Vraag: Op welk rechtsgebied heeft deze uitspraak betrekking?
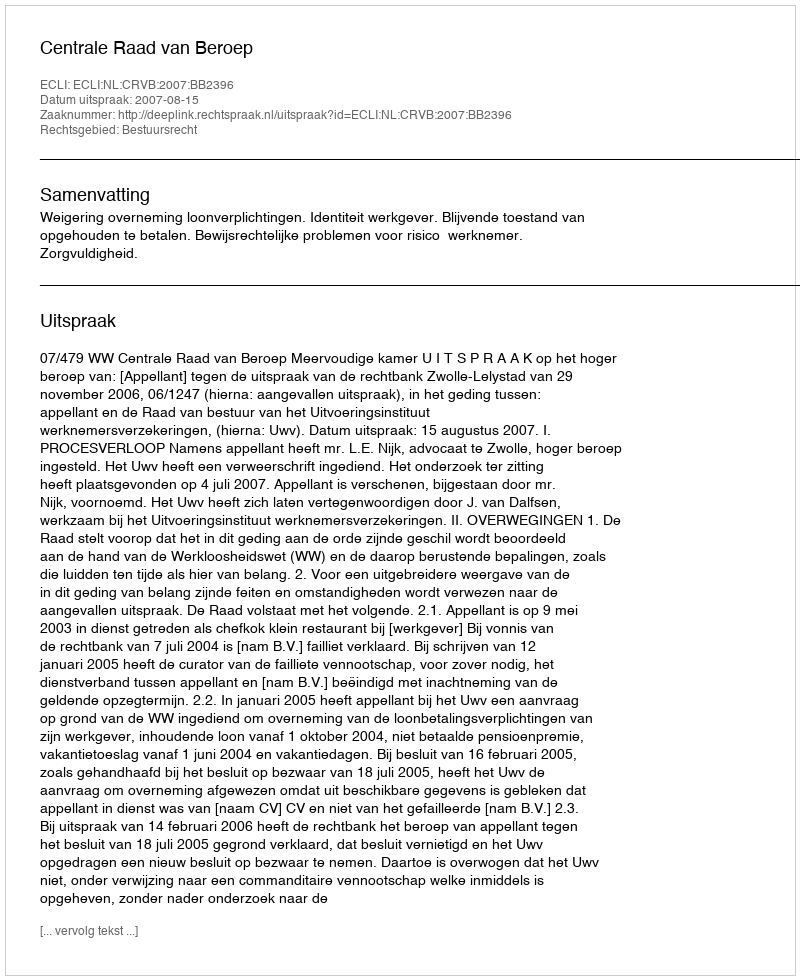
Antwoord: Bestuursrecht